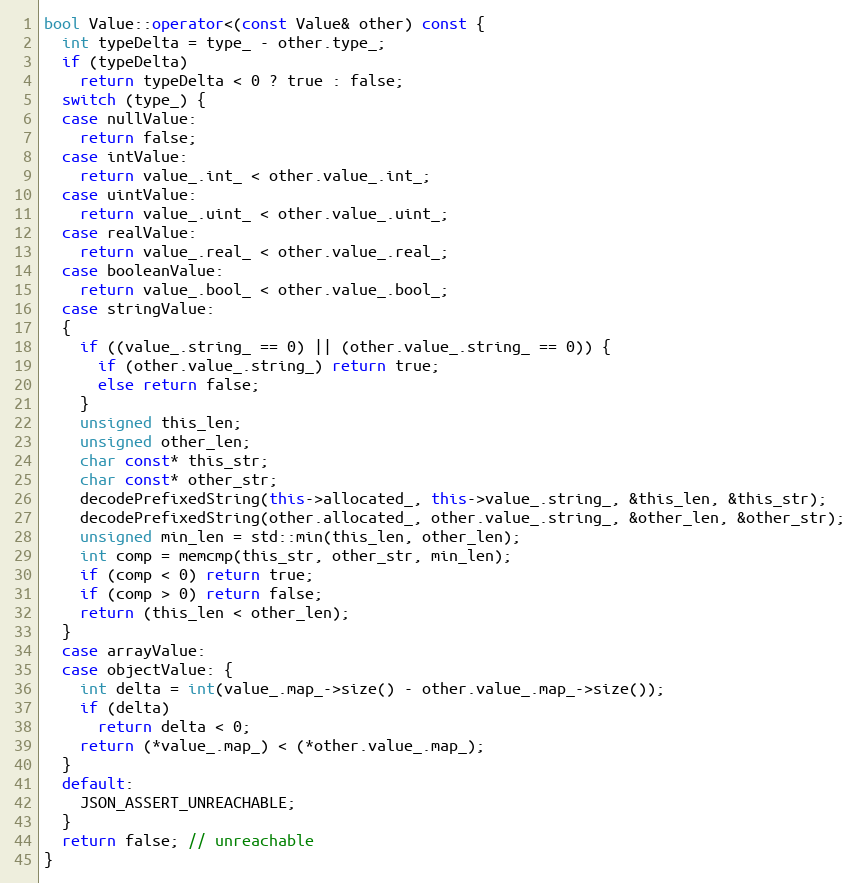
Language: C++
bool Value::operator<(const Value& other) const {
  int typeDelta = type_ - other.type_;
  if (typeDelta)
    return typeDelta < 0 ? true : false;
  switch (type_) {
  case nullValue:
    return false;
  case intValue:
    return value_.int_ < other.value_.int_;
  case uintValue:
    return value_.uint_ < other.value_.uint_;
  case realValue:
    return value_.real_ < other.value_.real_;
  case booleanValue:
    return value_.bool_ < other.value_.bool_;
  case stringValue:
  {
    if ((value_.string_ == 0) || (other.value_.string_ == 0)) {
      if (other.value_.string_) return true;
      else return false;
    }
    unsigned this_len;
    unsigned other_len;
    char const* this_str;
    char const* other_str;
    decodePrefixedString(this->allocated_, this->value_.string_, &this_len, &this_str);
    decodePrefixedString(other.allocated_, other.value_.string_, &other_len, &other_str);
    unsigned min_len = std::min(this_len, other_len);
    int comp = memcmp(this_str, other_str, min_len);
    if (comp < 0) return true;
    if (comp > 0) return false;
    return (this_len < other_len);
  }
  case arrayValue:
  case objectValue: {
    int delta = int(value_.map_->size() - other.value_.map_->size());
    if (delta)
      return delta < 0;
    return (*value_.map_) < (*other.value_.map_);
  }
  default:
    JSON_ASSERT_UNREACHABLE;
  }
  return false; // unreachable
}